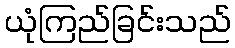
ယုံကြည်ခြင်းသည်